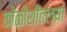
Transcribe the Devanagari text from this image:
कोळोशीतल्या